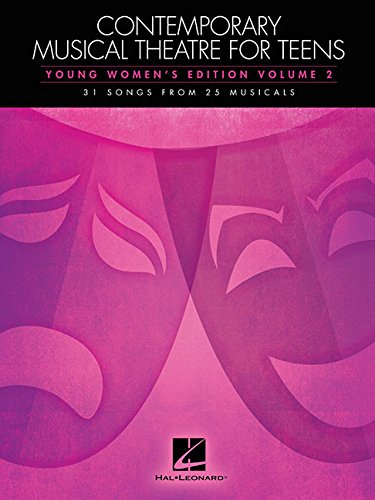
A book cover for Contemporary Musical Theatre for Teens: Young Women's Edition Volume 2 31 Songs from 25 Musicals; Hal Leonard Corp.; Teen & Young Adult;